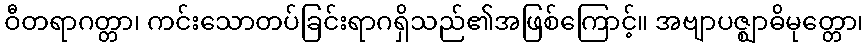
ဝီတရာဂတ္တာ၊ ကင်းသောတပ်ခြင်းရာဂရှိသည်၏အဖြစ်ကြောင့်။ အဗျာပဇ္ဈာဓိမုတ္တော၊